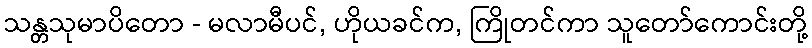
သန္တသုမာပိတော - မလာမီပင်, ဟိုယခင်က, ကြိုတင်ကာ သူတော်ကောင်းတို့